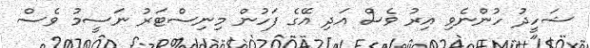
ޝަހީދު ހުންނެވި އިރު ވެސް އަދި އޭގެ ފަހުން މިނިސްޓަރު ނަސީމު ވެސް